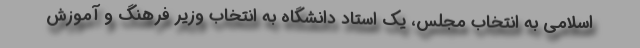
اسلامی به انتخاب مجلس، یک استاد دانشگاه به انتخاب وزیر فرهنگ و آموزش